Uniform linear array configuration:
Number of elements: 12
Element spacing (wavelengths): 1
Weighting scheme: kaiser
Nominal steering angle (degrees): -15
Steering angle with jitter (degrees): -16.174
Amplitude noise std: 0.05
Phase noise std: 0.05

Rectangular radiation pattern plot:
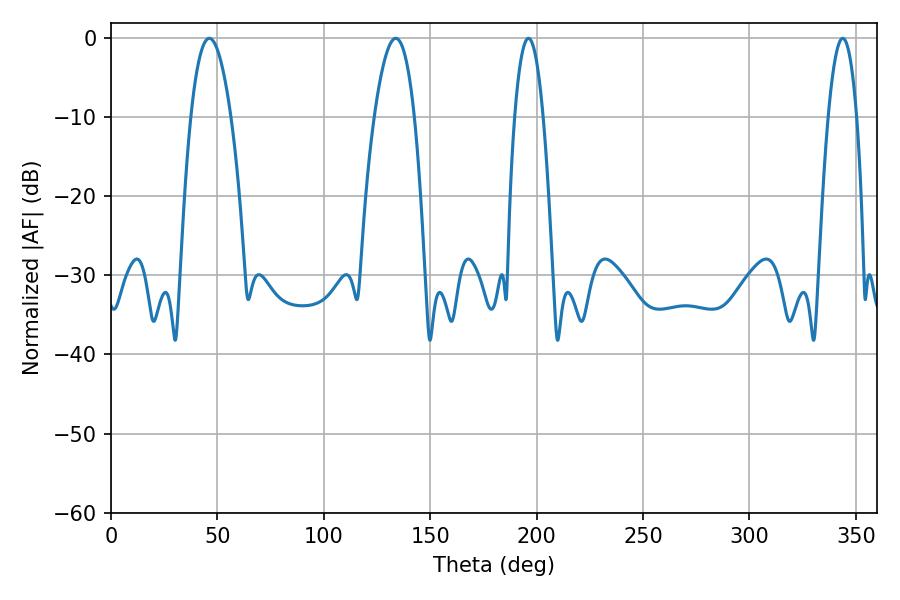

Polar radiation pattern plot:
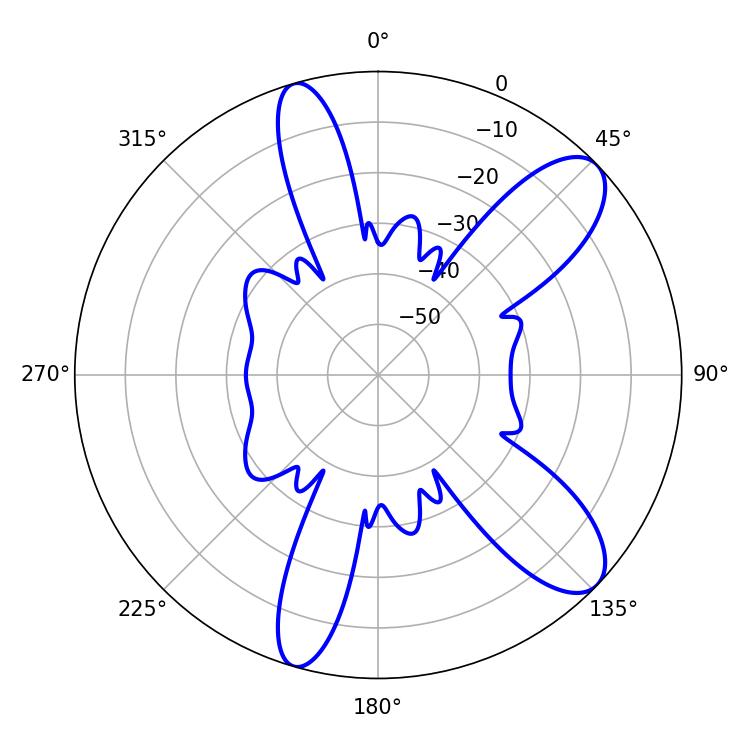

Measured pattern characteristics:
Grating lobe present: TRUE
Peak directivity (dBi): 9.923
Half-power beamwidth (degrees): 7.38
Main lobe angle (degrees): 196.2